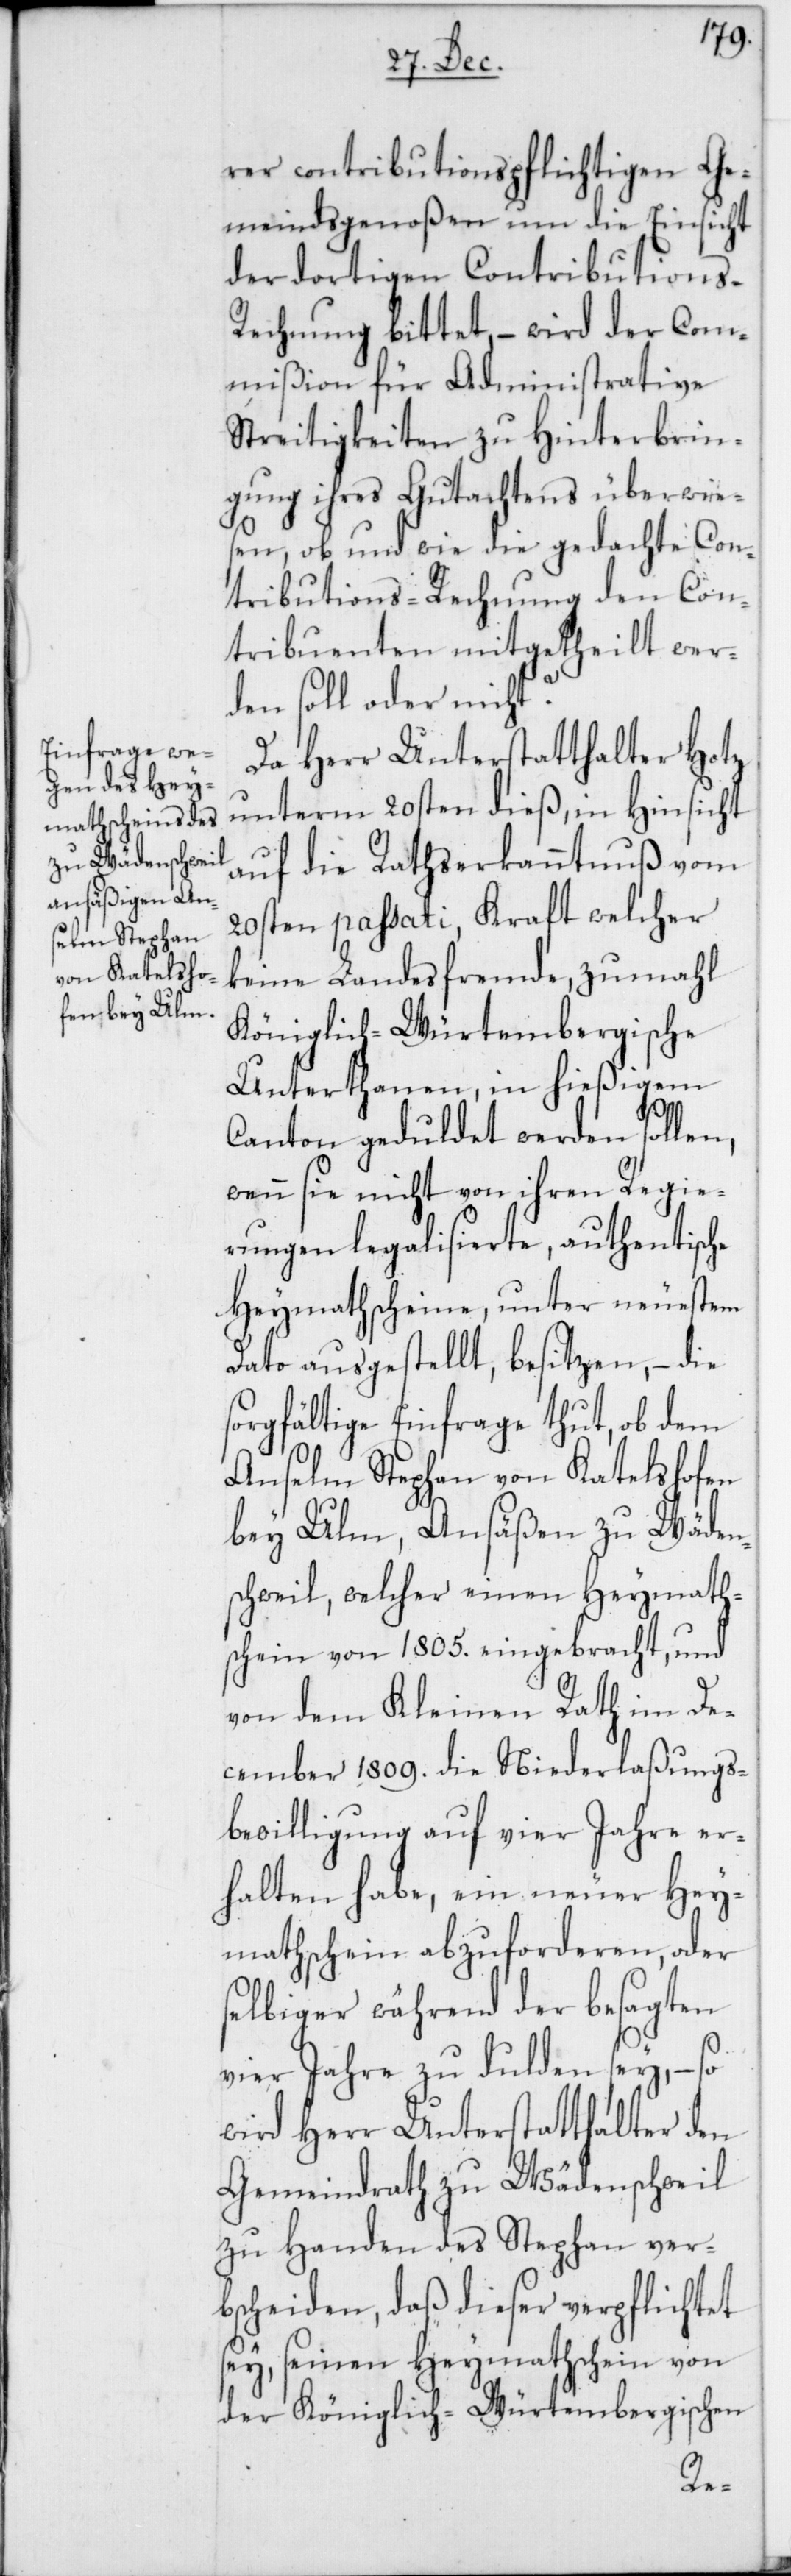
rer contributionspflichtigen Ge¬
meindsgenoßen um die Einsicht
der dortigen Contributions-R¬
echnung bittet, – wird der Com¬
mißion für Administrative
Streitigkeiten zu Hinterbrin¬
gung ihres Gutachtens überwie¬
sen, ob und wie die gedachte Con¬
tributions-Rechnung den Con¬
tribuenten mitgetheilt wer¬
den soll oder nicht?
Da Herr Unterstatthalter Hotz
unterm 20sten dieß, in Hinsicht
auf die Rathserkanntnuß vom
20sten passati, Kraft welcher
keine Landesfremde, zumahl
Königlich-Würtembergische
Unterthanen, in hießigem
Canton geduldet werden sollen,
wenn sie nicht von ihren Regie¬
rungen legalisierte, authentische
Heymathscheine, unter neuestem
Dato ausgestellt besitzen, – die
sorgfältige Einfrage thut, ob dem
Anselm Stephan von Katelshofen
bey Ulm, Ansäßen zu Wäden¬
schweil, welcher einen Heymaths¬
chein von 1805. eingebracht, und
von dem Kleinen Rath im De¬
cember 1809. die Niederlaßungs¬
bewilligung auf vier Jahre er¬
halten habe, ein neuer Hey¬
mathschein abzuforderen, oder
selbiger während der besagten
vier Jahre zu dulden sey, – so
wird Herr Unterstatthalter den
Gemeindrath zu Wädenschweil
zu Handen des Stephan ver¬
bscheiden, daß dieser verpflichtet
sey, seinen Heymathschein von
der Königlich-Würtembergischen